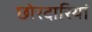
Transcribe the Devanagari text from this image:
छोरदारियां